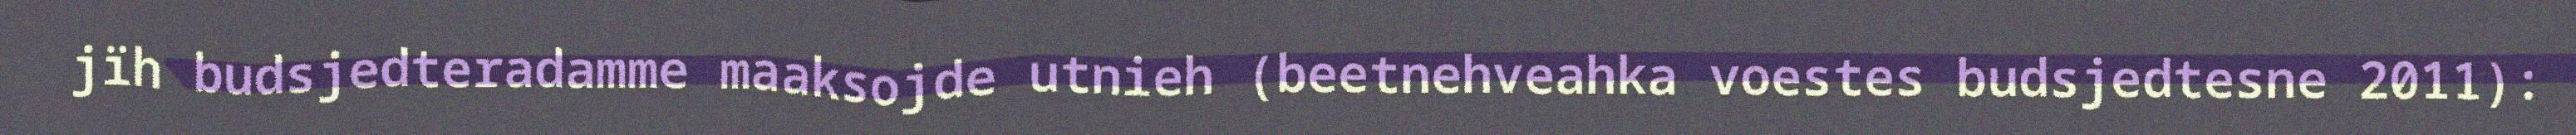
jïh budsjedteradamme maaksojde utnieh (beetnehveahka voestes budsjedtesne 2011):